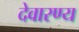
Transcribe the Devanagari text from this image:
देवारण्य